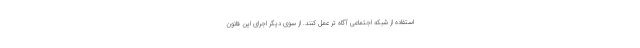
استفاده از شبکه اجتماعی آگاه تر عمل کنند. از سوی دیگر اجرای این قانون